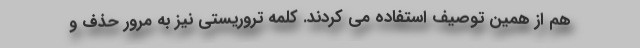
هم از همین توصیف استفاده می کردند. کلمه تروریستی نیز به مرور حذف و